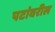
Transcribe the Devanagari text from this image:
पटांवरील